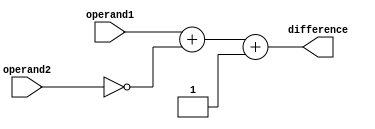
module subtractor(input [3:0] operand1, operand2,
                 output [3:0] difference);

  wire [4:0] X, Y, C;
  wire [3:0] S;

  assign X = {1'b0, operand1};
  assign Y = {1'b0, ~operand2};
  assign {C[4], S} = X + Y + 1'b1;

  assign difference = S;
  
endmodule